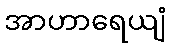
အာဟာရေယျံ